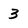
Character: 3